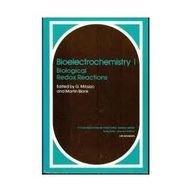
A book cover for Bioelectrochemistry I: Biological Redox Reactions (Emotions, Personality, and Psychotherapy) (No. 1); Science & Math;